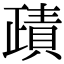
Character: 𧶷